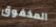
المخفوق